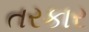
તરકાર